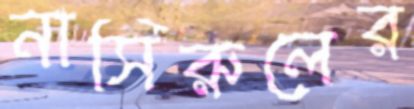
নাসিরুলের